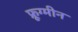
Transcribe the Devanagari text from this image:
फ्रूग्मीन